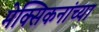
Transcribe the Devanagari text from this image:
मेक्सिकनांच्या